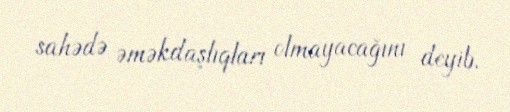
sahədə əməkdaşlıqları olmayacağını deyib.